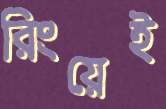
রিংয়েই